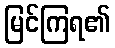
မြင်ကြရ၏